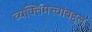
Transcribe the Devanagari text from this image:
व्यक्तिमत्त्वांबद्दल